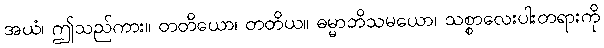
အယံ၊ ဤသည်ကား။ တတိယော၊ တတိယ။ ဓမ္မာဘိသမယော၊ သစ္စာလေးပါးတရားကို